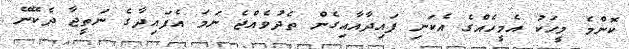
ކޮންމެ މީހަކު އެމީހެއްގެ އެކަނި ފައިދާއާއިގެން ތެދުވެއްޖެ ނަމަ އެފައިދާގެ ނަތީޖާ ދެކޭނޭ